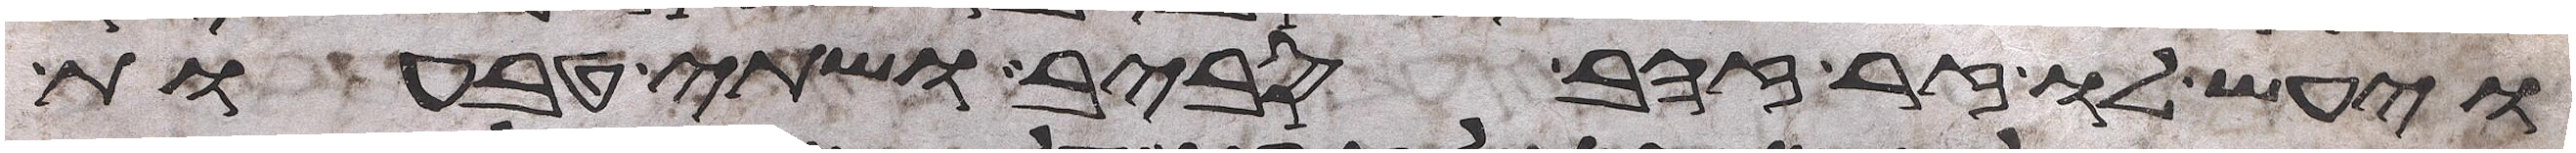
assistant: ויעש לו זר זהב סביב ושתי טבעות